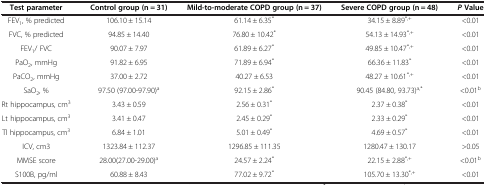
<table><thead><tr><td><b>Test parameter</b></td><td><b>Control group (n = 31)</b></td><td><b>Mild-to-moderate COPD group (n = 37)</b></td><td><b>Severe COPD group (n = 48)</b></td><td><b><i>P</i>Value</b></td></tr></thead><tbody><tr><td>FEV<sub>1</sub>, % predicted</td><td>106.10 ± 15.14</td><td>61.14 ± 6.35<sup>*</sup></td><td>34.15 ± 8.89<sup>*,+</sup></td><td>&lt;0.01</td></tr><tr><td>FVC, % predicted</td><td>94.85 ± 14.40</td><td>76.80 ± 10.42<sup>*</sup></td><td>54.13 ± 14.93<sup>*,+</sup></td><td>&lt;0.01</td></tr><tr><td>FEV<sub>1</sub>/ FVC</td><td>90.07 ± 7.97</td><td>61.89 ± 6.27<sup>*</sup></td><td>49.85 ± 10.47<sup>*,+</sup></td><td>&lt;0.01</td></tr><tr><td>PaO<sub>2</sub>, mmHg</td><td>91.82 ± 6.95</td><td>71.89 ± 6.94<sup>*</sup></td><td>66.36 ± 11.83<sup>*</sup></td><td>&lt;0.01</td></tr><tr><td>PaCO<sub>2</sub>, mmHg</td><td>37.00 ± 2.72</td><td>40.27 ± 6.53</td><td>48.27 ± 10.61<sup>*,+</sup></td><td>&lt;0.01</td></tr><tr><td>SaO<sub>2</sub>, %</td><td>97.50 (97.00-97.90)<sup>a</sup></td><td>92.15 ± 2.86<sup>*</sup></td><td>90.45 (84.80, 93.73)<sup>a,*</sup></td><td>&lt;0.01<sup>b</sup></td></tr><tr><td>Rt hippocampus, cm<sup>3</sup></td><td>3.43 ± 0.59</td><td>2.56 ± 0.31<sup>*</sup></td><td>2.37 ± 0.38<sup>*</sup></td><td>&lt;0.01</td></tr><tr><td>Lt hippocampus, cm<sup>3</sup></td><td>3.41 ± 0.47</td><td>2.45 ± 0.29<sup>*</sup></td><td>2.33 ± 0.29<sup>*</sup></td><td>&lt;0.01</td></tr><tr><td>Tl hippocampus, cm<sup>3</sup></td><td>6.84 ± 1.01</td><td>5.01 ± 0.49<sup>*</sup></td><td>4.69 ± 0.57<sup>*</sup></td><td>&lt;0.01</td></tr><tr><td>ICV, cm3</td><td>1323.84 ± 112.37</td><td>1296.85 ± 111.35</td><td>1280.47 ± 130.17</td><td>&gt;0.05</td></tr><tr><td>MMSE score</td><td>28.00(27.00-29.00)<sup>a</sup></td><td>24.57 ± 2.24<sup>*</sup></td><td>22.15 ± 2.88<sup>*,+</sup></td><td>&lt;0.01<sup>b</sup></td></tr><tr><td>S100B, pg/ml</td><td>60.88 ± 8.43</td><td>77.02 ± 9.72<sup>*</sup></td><td>105.70 ± 13.30<sup>*,+</sup></td><td>&lt;0.01</td></tr></tbody></table>